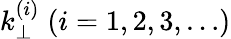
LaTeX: k_{\perp}^{(i)}\; (i=1,2,3,…)